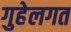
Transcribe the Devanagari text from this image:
गुहेलगत